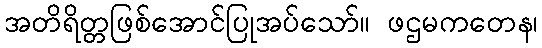
အတိရိတ္တဖြစ်အောင်ပြုအပ်သော်။ ဖဌမကတေန၊